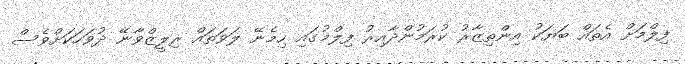
ފިލްމަށް އެތައް ބަޔަކު އިންތިޒާރު ކުރަމުންދާއިރު ފިލްމުގައި ހިމެނޭ ލަވަތައް ރިލީޒްވާނޭ ދުވަހަކަށްވެސް